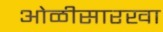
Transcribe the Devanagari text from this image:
ओळीसारखा